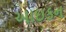
આઇકન